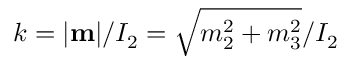
k = | { \bf m } | / I _ { 2 } = \sqrt { m _ { 2 } ^ { 2 } + m _ { 3 } ^ { 2 } } / I _ { 2 }